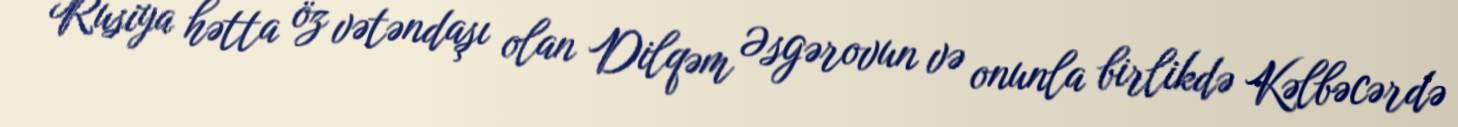
Rusiya hətta öz vətəndaşı olan Dilqəm Əsgərovun və onunla birlikdə Kəlbəcərdə